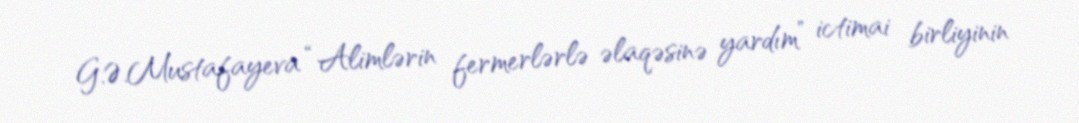
G.Ə.Mustafayeva “Alimlərin fermerlərlə əlaqəsinə yardım” ictimai birliyinin